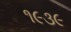
૧૯૩૯